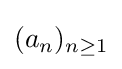
(a_{n})_{n\geq 1}